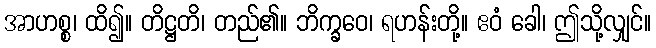
အာဟစ္စ၊ ထိ၍။ တိဋ္ဌတိ၊ တည်၏။ ဘိက္ခဝေ၊ ရဟန်းတို့။ ဧဝံ ခေါ၊ ဤသို့လျှင်။